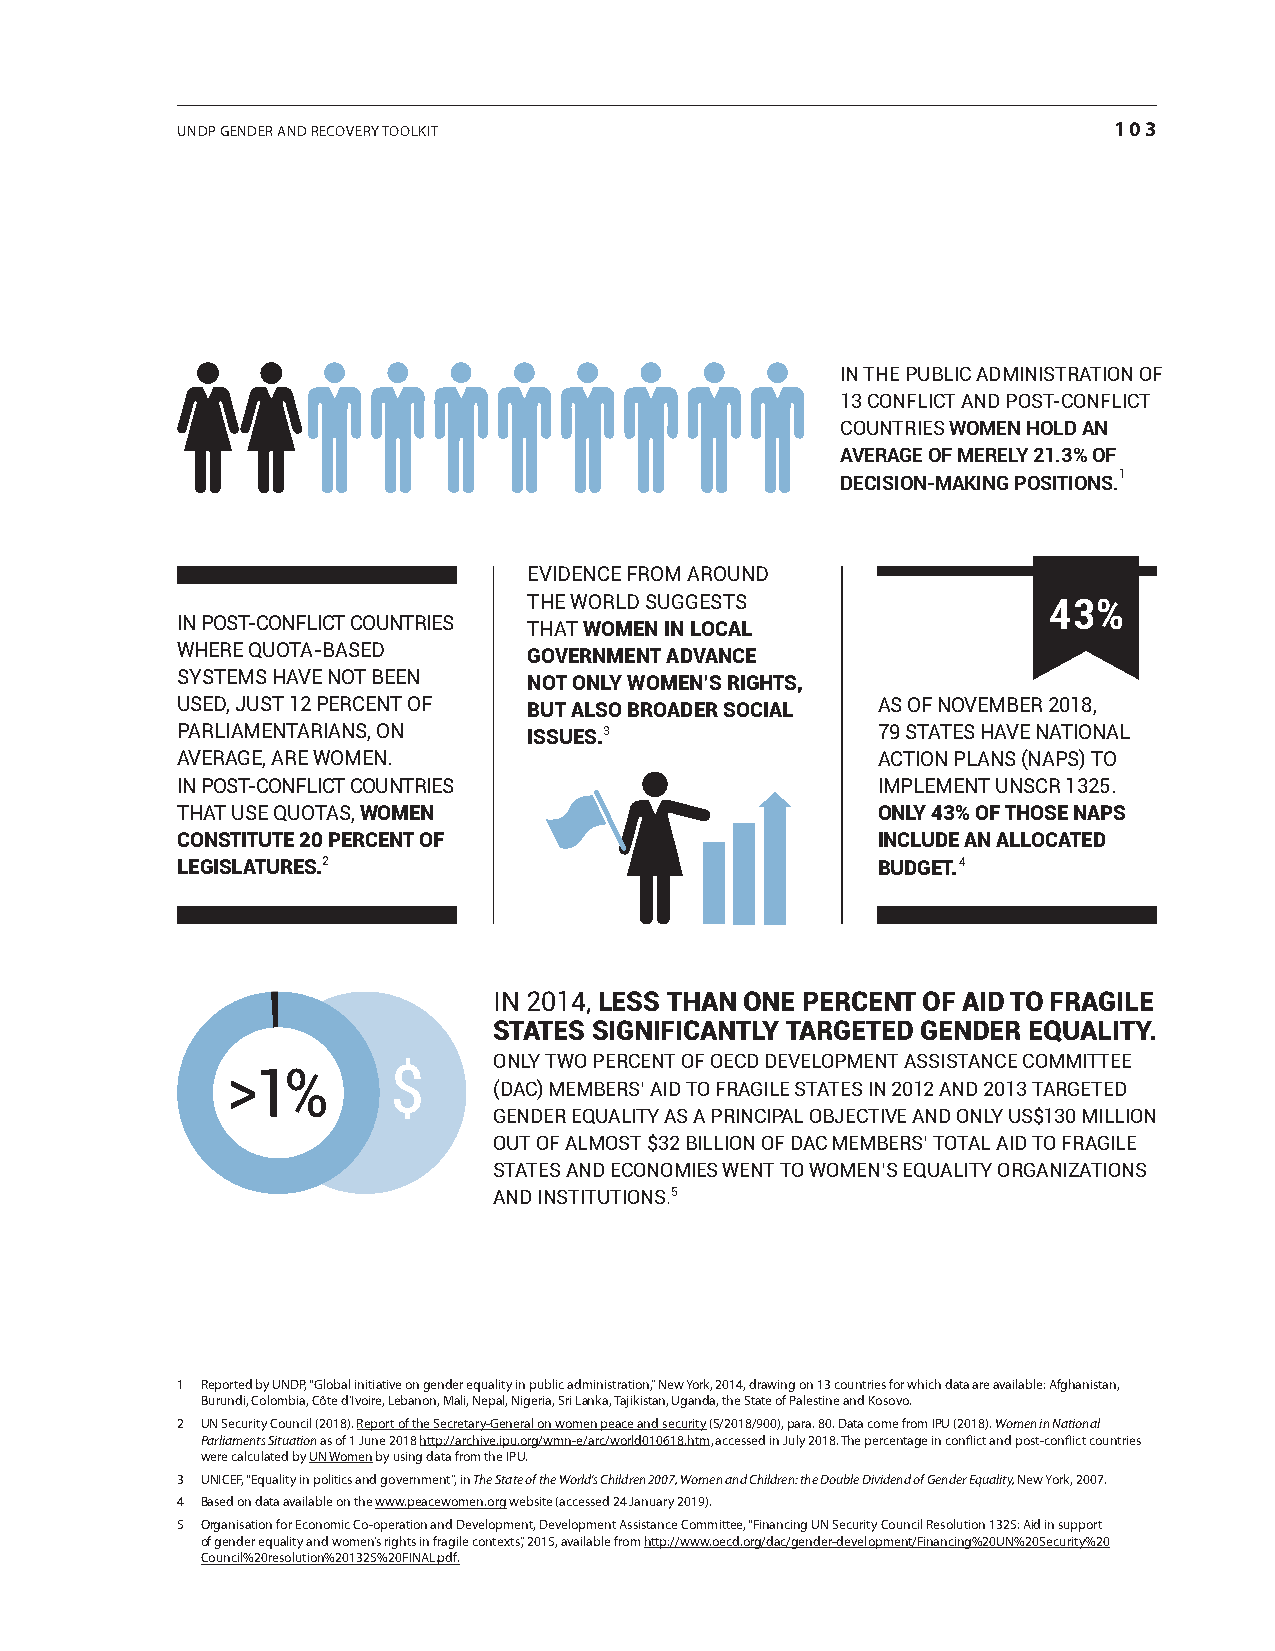
UNDP GeNDer aND recovery toolkit                              103
 In the publIc admInIstratIon of
 13 conflIct and post-conflIct
 countrIes women hold an
 average of merely 21.3% of
 decision-making positions.1
 evIdence from around
 the world suggests                43%
 In post-conflIct countrIes that women in local
 where quota-based      government advance
 systems have not been  not only women’s rights,
 used, just 12 percent of but also broader social as of november 2018,
 parlIamentarIans, on   issues.3               79 states have natIonal
 average, are women.                           actIon plans (naps) to
 In post-conflIct countrIes                    Implement unscr 1325.
 that use quotas, women                        only 43% of those naps
 constitute 20 percent of                      include an allocated
 legislatures.2                                budget.4
 In 2014, less than one percent of aid to fragile
 states significantly targeted gender equality.
 only two percent of oecd development assIstance commIttee
 >1%        $
 (dac) members’ aId to fragIle states In 2012 and 2013 targeted
 gender equalIty as a prIncIpal objectIve and only us$130 mIllIon
 out of almost $32 bIllIon of dac members’ total aId to fragIle
 states and economIes went to women’s equalIty organIzatIons
 and InstItutIons.5
 1 reported by UNDP, “Global initiative on gender equality in public administration,” New york, 2014, drawing on 13 countries for which data are available: afghanistan,
 Burundi, colombia, côte d’ivoire, lebanon, Mali, Nepal, Nigeria, Sri lanka, tajikistan, Uganda, the State of Palestine and kosovo.
 2 UN Security council (2018). report of the Secretary-General on women peace and security (S/2018/900), para. 80. Data come from iPU (2018). Women in National
 Parliaments Situation as of 1 June 2018 http://archive.ipu.org/wmn-e/arc/world010618.htm, accessed in July 2018. the percentage in conflict and post-conflict countries
 were calculated by UN Women by using data from the iPU.
 3 UNiceF, “equality in politics and government”, in The State of the World’s Children 2007, Women and Children: the Double Dividend of Gender Equality, New york, 2007.
 4 Based on data available on the www.peacewomen.org website (accessed 24 January 2019).
 5 organisation for economic co-operation and Development, Development assistance committee, “Financing UN Security council resolution 1325: aid in support
 of gender equality and women’s rights in fragile contexts,” 2015, available from http://www.oecd.org/dac/gender-development/Financing%20UN%20Security%20
 council%20resolution%201325%20FiNal.pdf.